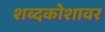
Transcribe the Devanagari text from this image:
शब्दकोशावर